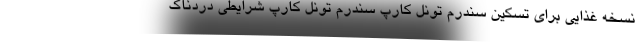
نسخه غذایی برای تسکین سندرم تونل کارپ سندرم تونل کارپ شرایطی دردناک